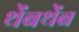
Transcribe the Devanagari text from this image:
थेंबथेंब